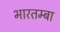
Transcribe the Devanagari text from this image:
भारतम्बा